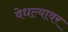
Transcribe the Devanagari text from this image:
वेधल्यावर